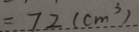
= 7 2 ( c m ^ { 3 } )